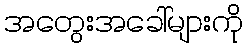
အတွေးအခေါ်များကို